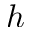
h